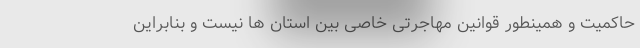
حاکمیت و همینطور قوانین مهاجرتی خاصی بین استان ها نیست و بنابراین